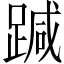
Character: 𨃂